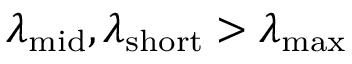
\lambda _ { \mathrm { m i d } } , \lambda _ { \mathrm { s h o r t } } > \lambda _ { \mathrm { m a x } }